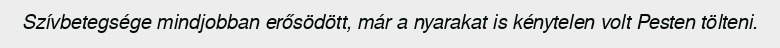
Szívbetegsége mindjobban erősödött, már a nyarakat is kénytelen volt Pesten tölteni.